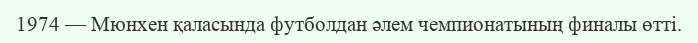
1974 — Мюнхен қаласында футболдан әлем чемпионатының финалы өтті.